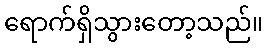
ရောက်ရှိသွားတော့သည်။